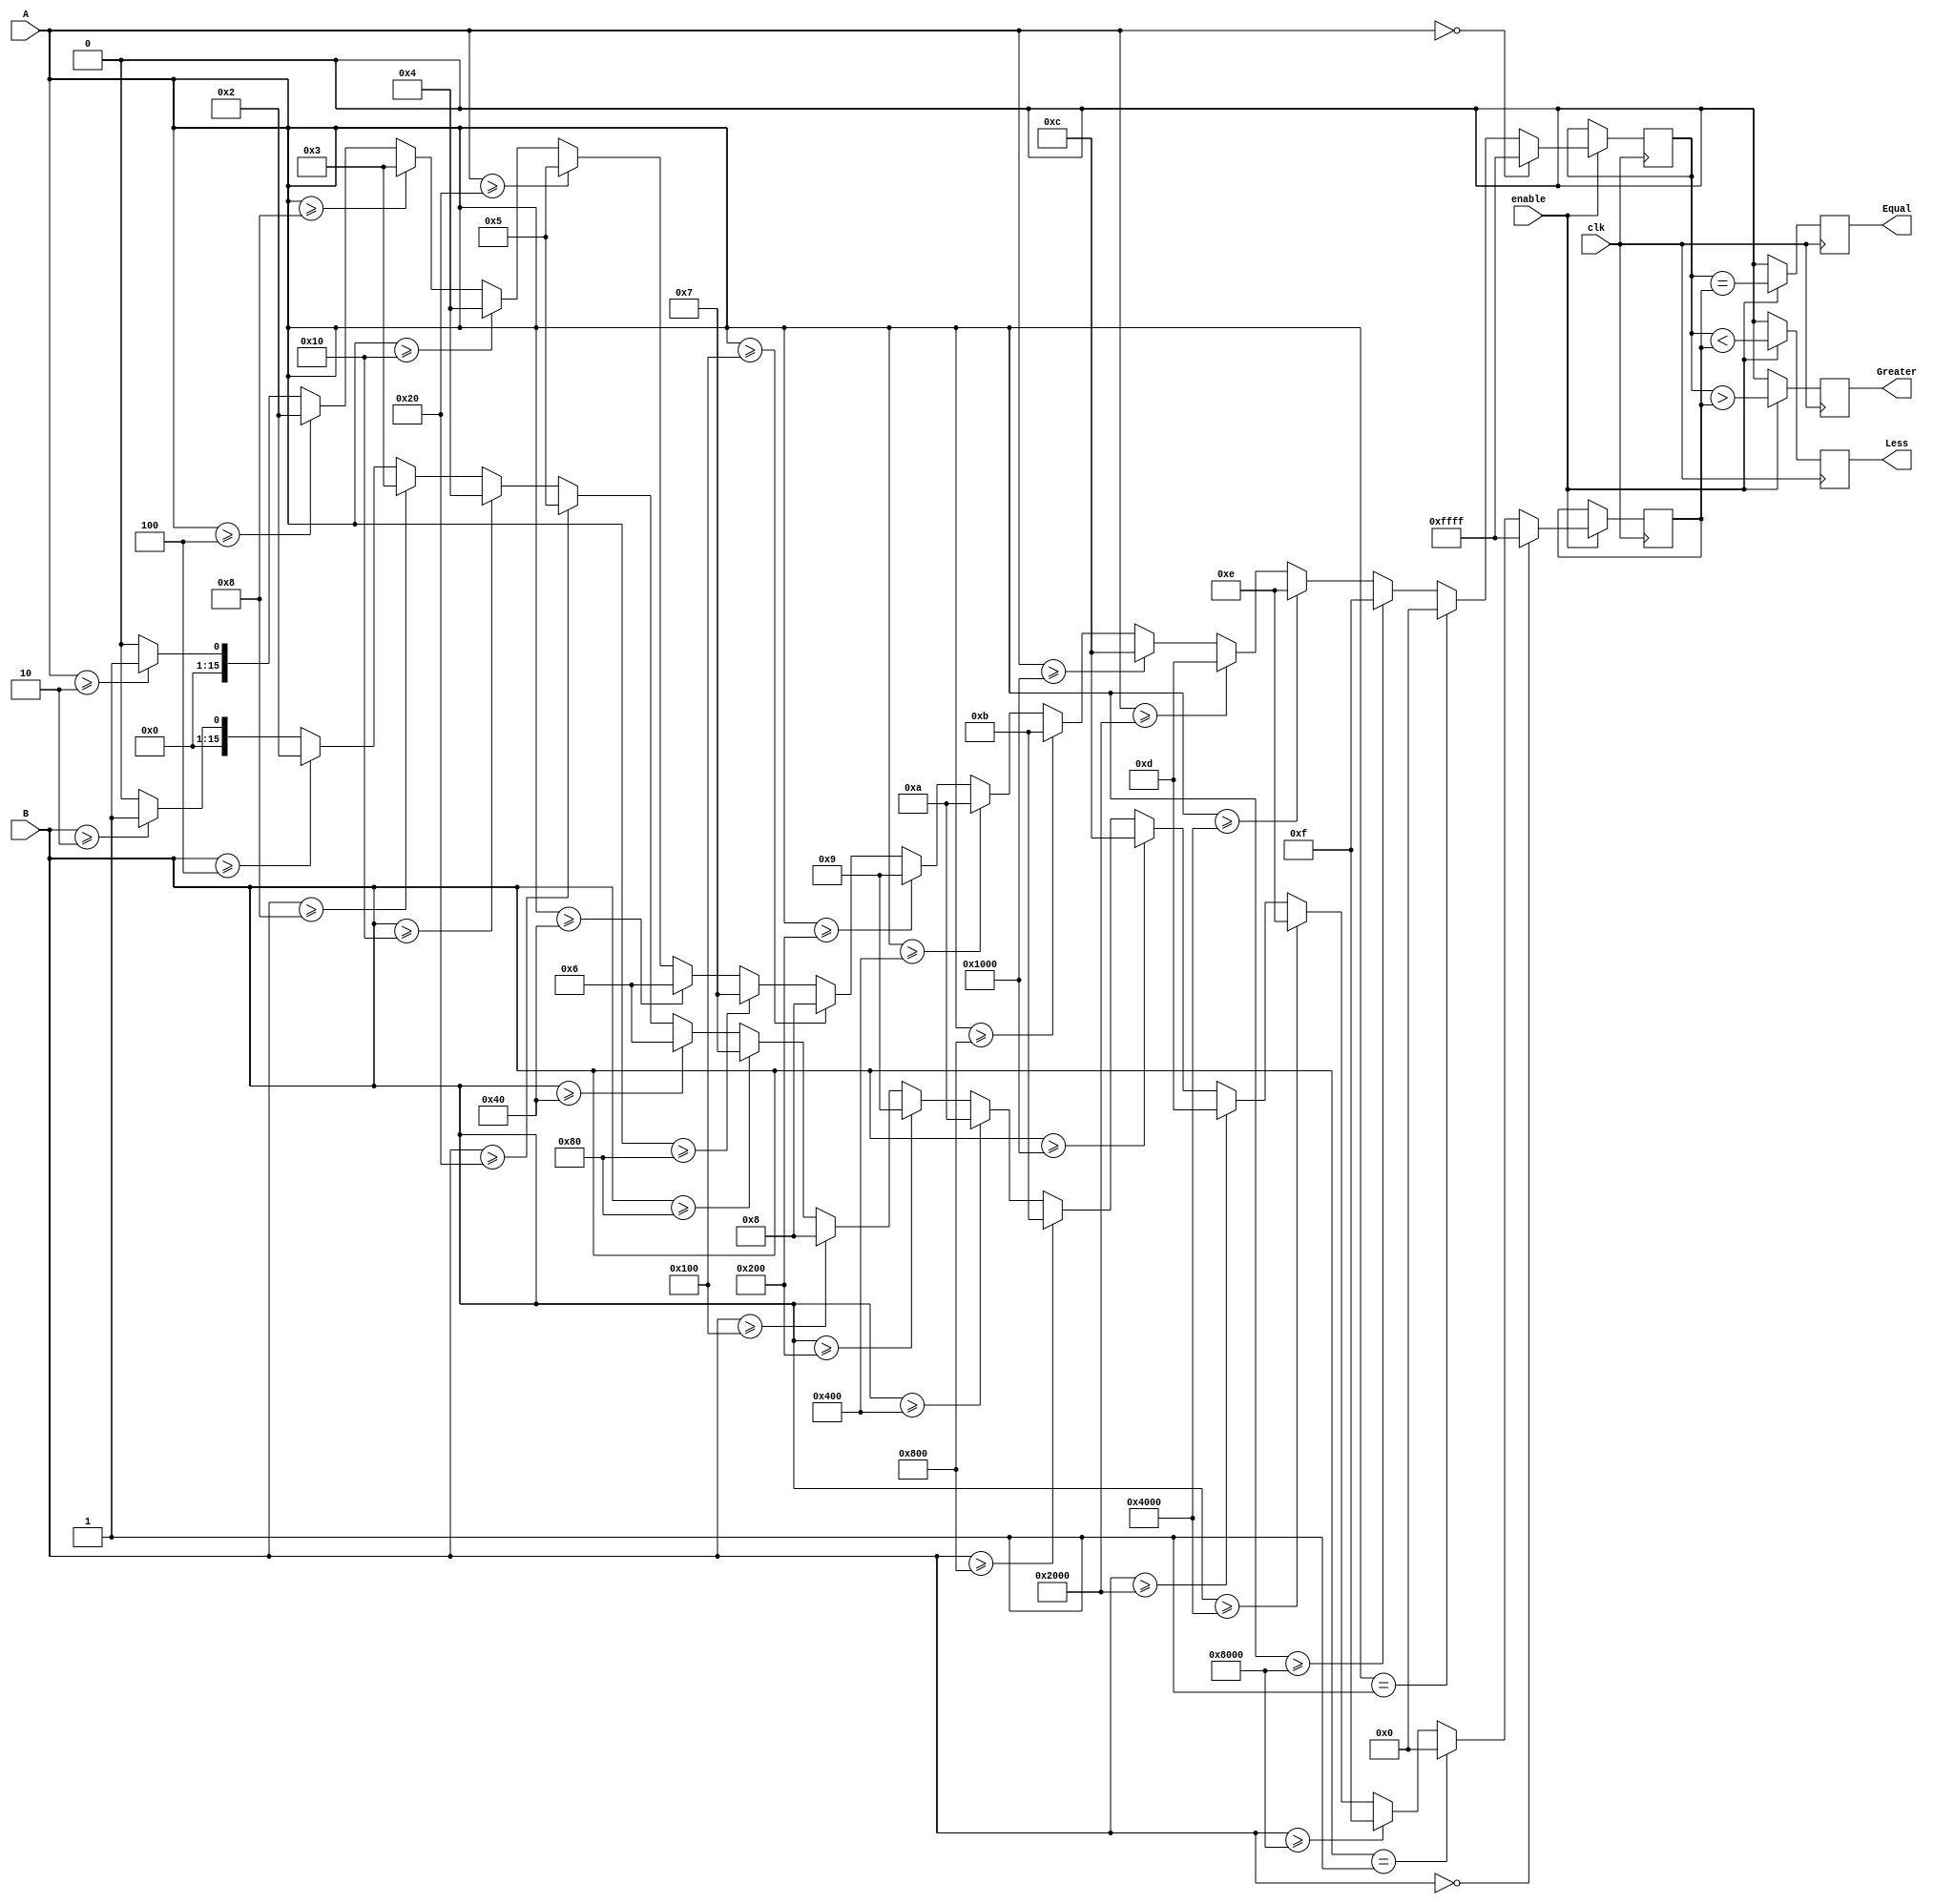
module LogarithmicComparator (
    input [15:0] A,          // 16-bit input A
    input [15:0] B,          // 16-bit input B
    input clk,               // Clock signal
    input enable,            // Enable signal for the comparator
    output reg Greater,      // Output: A > B
    output reg Less,         // Output: A < B
    output reg Equal         // Output: A == B
);

    reg [15:0] logA;        // Logarithm of A
    reg [15:0] logB;        // Logarithm of B

    // Simple logarithm approximation (for positive integers)
    function [15:0] log2;
        input [15:0] x;
        integer i;
        begin
            if (x == 0) 
                log2 = 16'hFFFF; // Undefined for 0
            else if (x == 1) 
                log2 = 0; // log(1) = 0
            else begin
                log2 = 0;
                for (i = 0; i < 16; i = i + 1) begin
                    if (x >= (1 << i))
                        log2 = i;
                end
            end
        end
    endfunction

    always @(posedge clk) begin
        if (enable) begin
            logA <= log2(A);  // Calculate log(A)
            logB <= log2(B);  // Calculate log(B)
        end
    end

    always @(posedge clk) begin
        if (enable) begin
            Greater <= (logA > logB);
            Less <= (logA < logB);
            Equal <= (logA == logB);
        end else begin
            Greater <= 0;
            Less <= 0;
            Equal <= 0;
        end
    end

endmodule